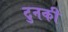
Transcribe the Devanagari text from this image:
टुनकी